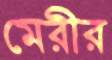
মেরীর